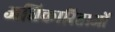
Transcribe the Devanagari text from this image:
अधिकारिताओं